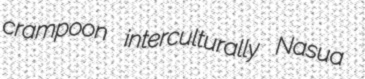
crampoon interculturally Nasua